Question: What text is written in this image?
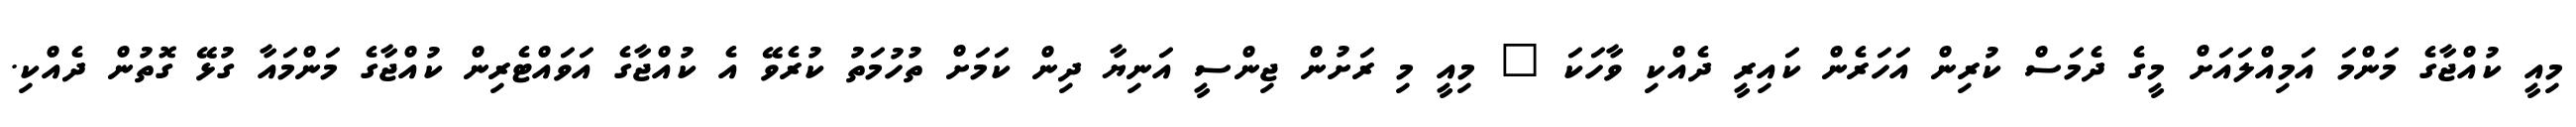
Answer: މިއީ ކުއްޖާގެ މަންމަ އަމިއްލައަށް މީގެ ދެމަސް ކުރިން އަހަރެން ކައިރީ ދެއްކި ވާހަކަ " މިއީ މި ރަށުން ޖިންސީ އަނިޔާ ދިން ކަމަށް ތުހުމަތު ކުރެވޭ އެ ކުއްޖާގެ އަވައްޓެރިން ކުއްޖާގެ މަންމައާ ގުޅޭ ގޮތުން ދެއްކި.